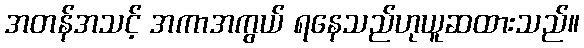
အတန်အသင့် အကာအကွယ် ရနေသည်ဟုယူဆထားသည်။